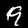
Digit: 9